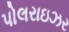
પોલરાઇઝર